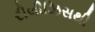
રીલીઝિસથી